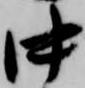
中